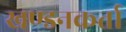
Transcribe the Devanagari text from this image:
खण्डनकर्ता